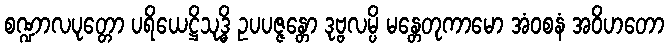
စဏ္ဍာလပုတ္တော ပရိယေဋ္ဌိသုဒ္ဓိ ဥပပဇ္ဇန္တော ဒုဗ္ဗလမ္ပိ မန္တေတုကာမော အံဝစနံ အဝိဟတော